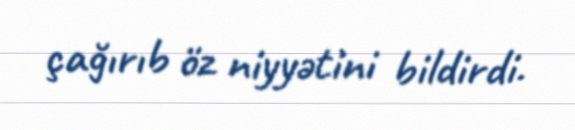
çağırıb öz niyyətini bildirdi.